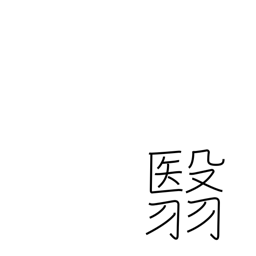
Meaning: hold aloft